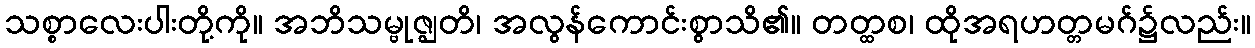
သစ္စာလေးပါးတို့ကို။ အဘိသမ္ဗုဇ္ဈတိ၊ အလွန်ကောင်းစွာသိ၏။ တတ္ထစ၊ ထိုအရဟတ္တမဂ်၌လည်း။